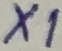
Text: X1